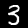
Digit: 3